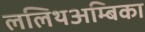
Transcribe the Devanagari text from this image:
ललिथअम्बिका